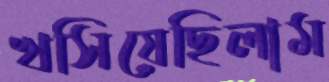
খসিয়েছিলাম